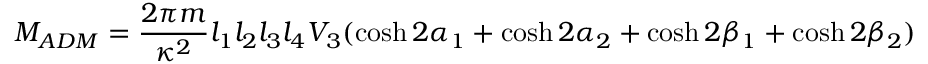
M _ { A D M } = \frac { 2 \pi m } { \kappa ^ { 2 } } l _ { 1 } l _ { 2 } l _ { 3 } l _ { 4 } V _ { 3 } ( \cosh 2 \alpha _ { 1 } + \cosh 2 \alpha _ { 2 } + \cosh 2 \beta _ { 1 } + \cosh 2 \beta _ { 2 } )